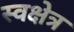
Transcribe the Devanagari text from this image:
स्वक्षेत्र